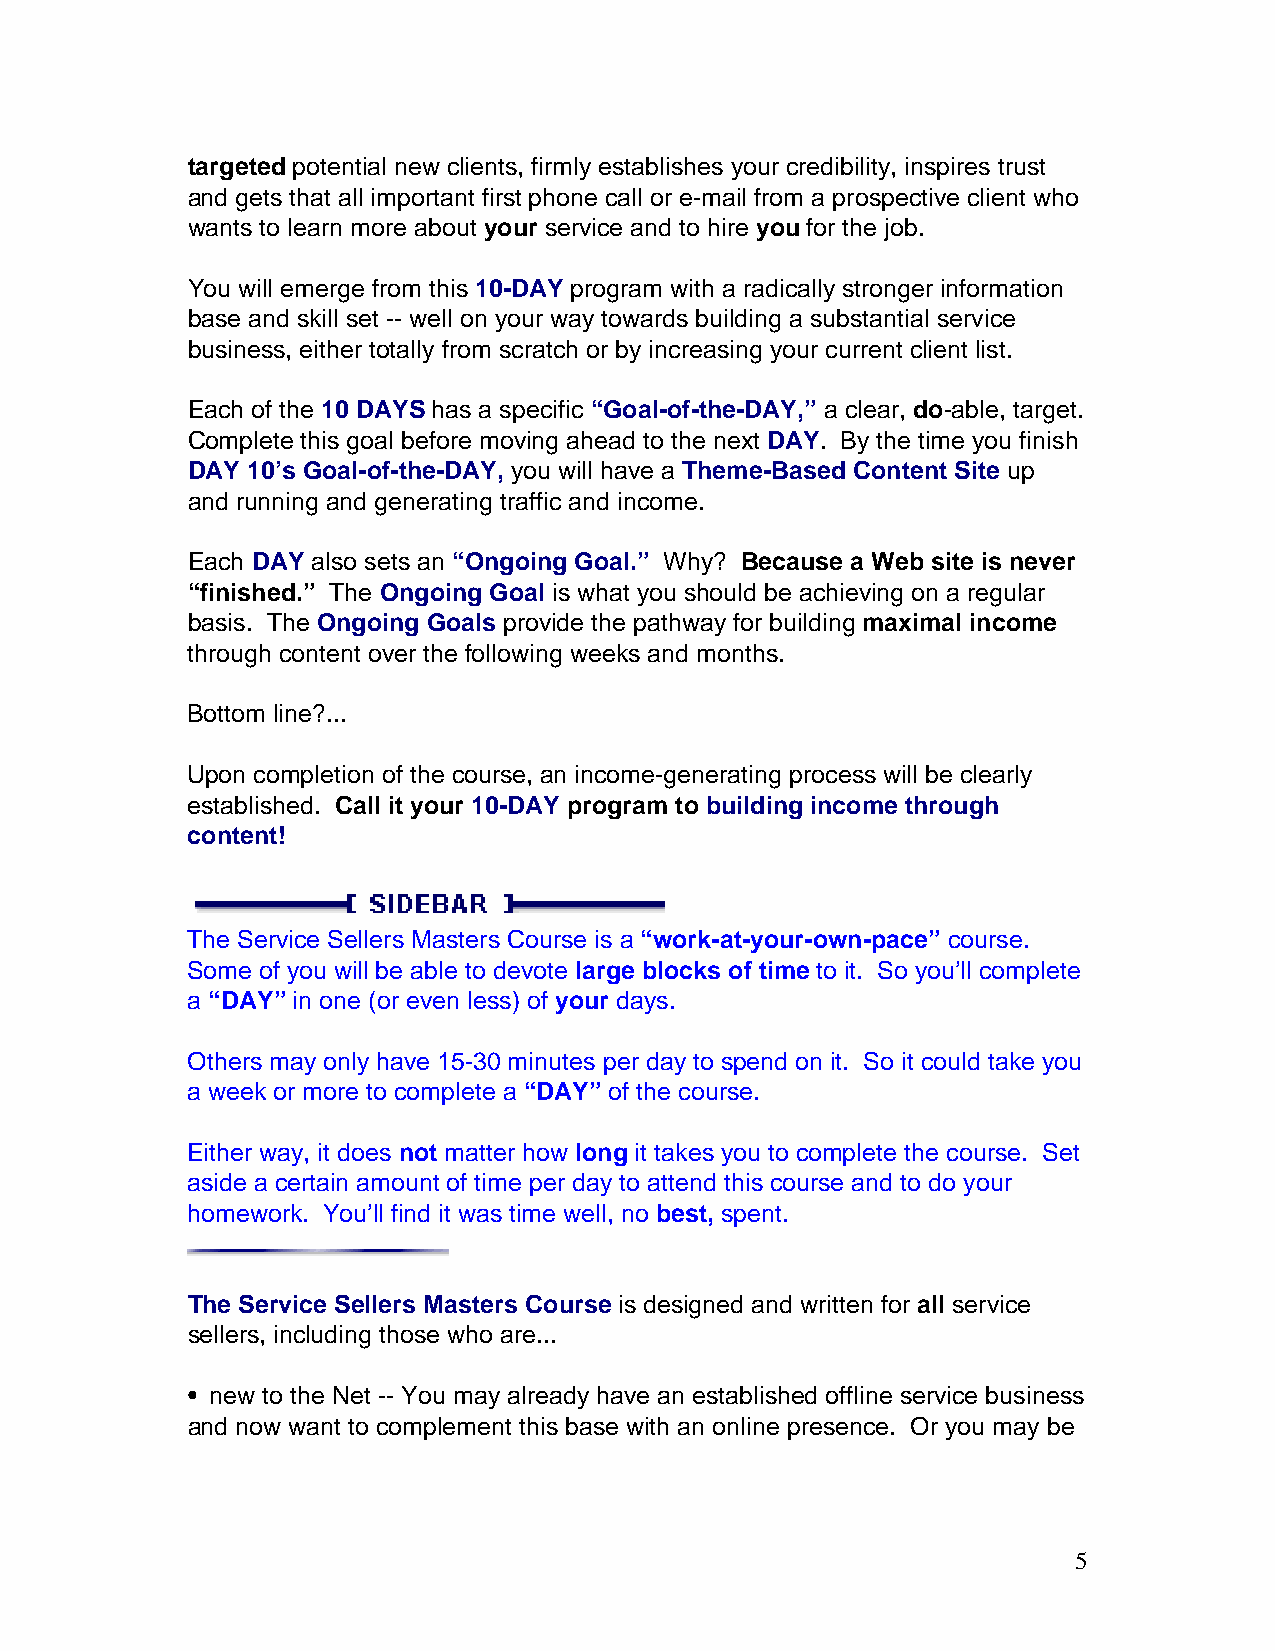
targeted potential new clients, firmly establishes your credibility, inspires trust
 and gets that all important first phone call or e-mail from a prospective client who
 wants to learn more about your service and to hire you for the job.
 You will emerge from this 10-DAY program with a radically stronger information
 base and skill set -- well on your way towards building a substantial service
 business, either totally from scratch or by increasing your current client list.
 Each of the 10 DAYS has a specific “Goal-of-the-DAY,” a clear, do-able, target.
 Complete this goal before moving ahead to the next DAY. By the time you finish
 DAY 10’s Goal-of-the-DAY, you will have a Theme-Based Content Site up
 and running and generating traffic and income.
 Each DAY also sets an “Ongoing Goal.” Why? Because a Web site is never
 “finished.” The Ongoing Goal is what you should be achieving on a regular
 basis. The Ongoing Goals provide the pathway for building maximal income
 through content over the following weeks and months.
 Bottom line?...
 Upon completion of the course, an income-generating process will be clearly
 established. Call it your 10-DAY program to building income through
 content!
 The Service Sellers Masters Course is a “work-at-your-own-pace” course.
 Some of you will be able to devote large blocks of time to it. So you’ll complete
 a “DAY” in one (or even less) of your days.
 Others may only have 15-30 minutes per day to spend on it. So it could take you
 a week or more to complete a “DAY” of the course.
 Either way, it does not matter how long it takes you to complete the course. Set
 aside a certain amount of time per day to attend this course and to do your
 homework. You’ll find it was time well, no best, spent.
 The Service Sellers Masters Course is designed and written for all service
 sellers, including those who are...
 • new to the Net -- You may already have an established offline service business
 and now want to complement this base with an online presence. Or you may be
 5